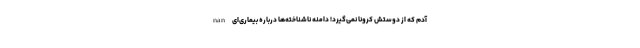
nan آدم که از دوستش کرونا نمی‌گیرد! دامنه ناشناخته‌ها درباره بیماری‌ای